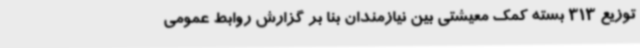
توزیع 313 بسته کمک معیشتی بین نیازمندان بنا بر گزارش روابط عمومی